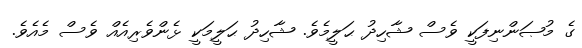
ގެ މުޞަންނިފަކީ ވެސް ޝާހިދު ޙަލީމެވެ. ޝާހިދު ޙަލީމަކީ ޅެންވެރިއެއް ވެސް މެއެވެ.